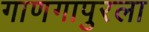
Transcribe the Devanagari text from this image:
गाणगापुरला